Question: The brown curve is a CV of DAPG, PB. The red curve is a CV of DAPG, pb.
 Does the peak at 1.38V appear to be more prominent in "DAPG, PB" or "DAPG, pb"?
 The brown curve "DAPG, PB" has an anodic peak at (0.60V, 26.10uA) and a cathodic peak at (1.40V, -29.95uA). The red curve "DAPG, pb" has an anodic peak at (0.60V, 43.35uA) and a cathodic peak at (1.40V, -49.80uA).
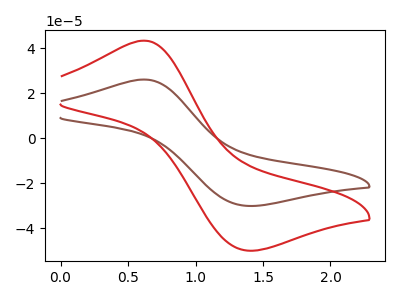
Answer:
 <answer>The peak at 1.38V is lower in "DAPG, PB" than in "DAPG, pb".</answer>
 <eval>lower</eval>